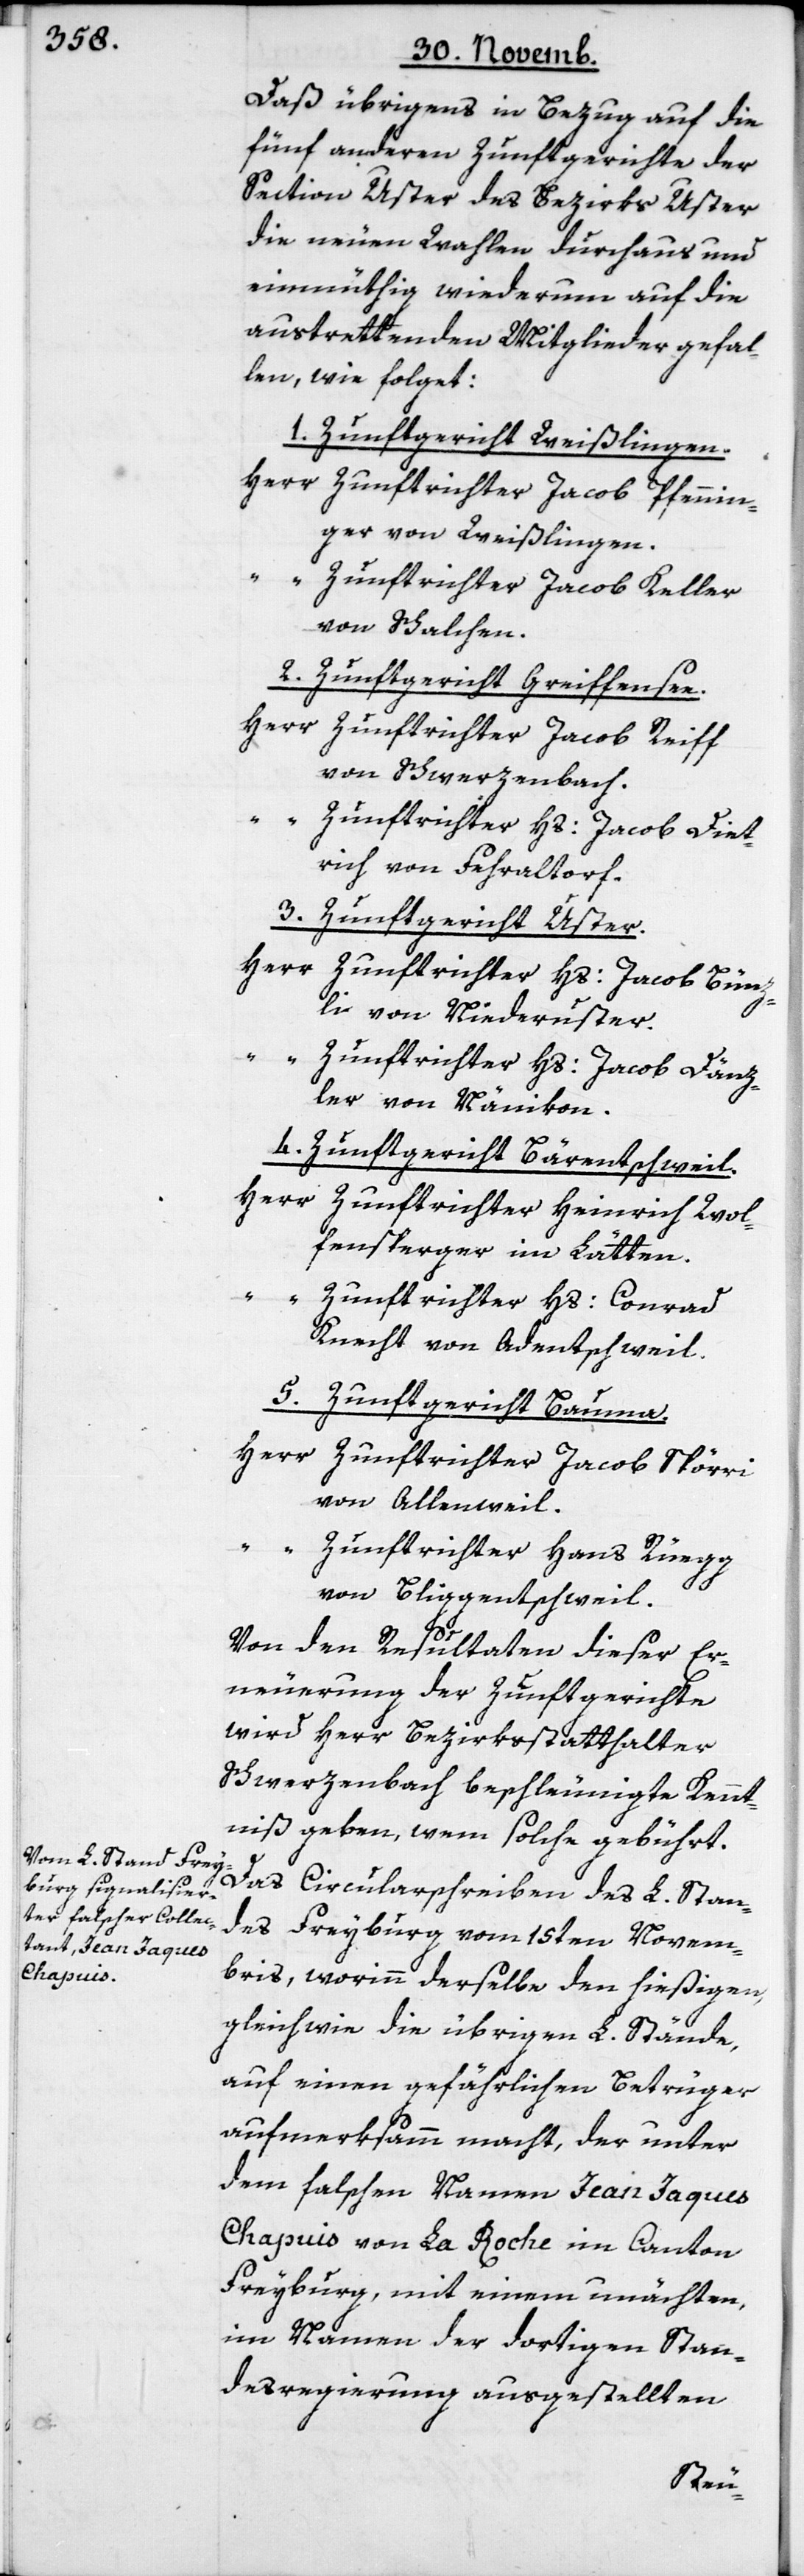
Daß übrigens in Bezug auf die
fünf anderen Zunftgerichte der
Section Uster des Bezirks Uster
die neuen Wahlen durchaus und
einmüthig wiederum auf die
austrettenden Mitglieder gefal¬
len, wie folget:
1. Zunftgericht Weißlingen.
Herr Zunftrichter Jacob Pfennin¬
ger von Weißlingen.
“ Zunftrichter Jacob Keller
von Schalchen.
2. Zunftgericht Greiffensee.
Herr Zunftrichter Jacob Reiff
von Schwerzenbach.
“ Zunftrichter Hs. Jacob Diet¬
rich von Fehraltorf.
3. Zunftgericht Uster.
Herr Zunftrichter Hs. Jacob Bünz¬
li von Niederuster.
“ Zunftrichter Hs. Jacob Dänz¬
ler von Nänikon.
4. Zunftgericht Bärentschweil.
Herr Zunftrichter Heinrich Wol¬
fensperger im Lätten.
“ Zunftrichter Hs. Conrad
Knecht von Adentschweil.
5. Zunftgericht Bauma.
Herr Zunftrichter Jacob Spörri
von Allenweil.
Zunftrichter Hans Rüegg
von Bliggenschweil.
Von den Resultaten dieser Er¬
neuerung der Zunftgerichte
wird Herr Bezirksstatthalter
Schwerzenbach beschleunigte Kennt¬
niß geben, wem solche gebührt.
Das Circularschreiben des L. Stan¬
des Freyburg vom 15ten Novem¬
bris, worinn derselbe den hießigen,
gleichwie die übrigen L. Stände,
auf einen gefährlichen Betrüger
aufmerksamm macht, der unter
dem falschen Namen Jean Jacques
Chapuis von La Roche im Canton
Freyburg, mit einem unächten,
im Namen der dortigen Stan¬
desregierung ausgestellten